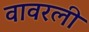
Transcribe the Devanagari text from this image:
वावरली